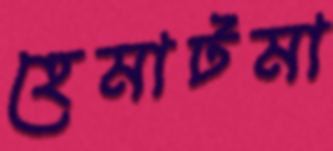
হেমাটমা